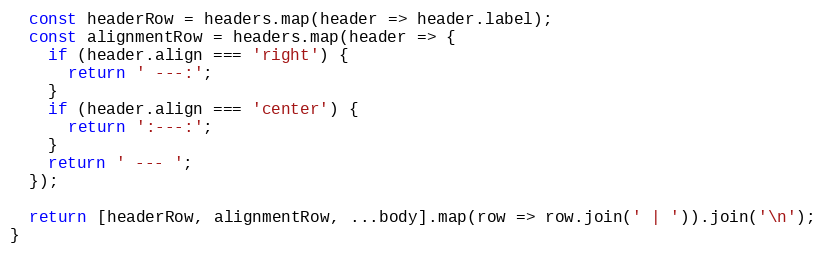
Language: JavaScript
  const headerRow = headers.map(header => header.label);
  const alignmentRow = headers.map(header => {
    if (header.align === 'right') {
      return ' ---:';
    }
    if (header.align === 'center') {
      return ':---:';
    }
    return ' --- ';
  });

  return [headerRow, alignmentRow, ...body].map(row => row.join(' | ')).join('\n');
}